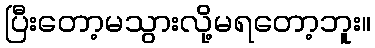
ပြီးတော့မသွားလို့မရတော့ဘူး။